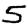
Digit: 5